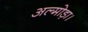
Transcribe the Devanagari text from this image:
अल्मोड़ा।